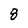
Character: 8